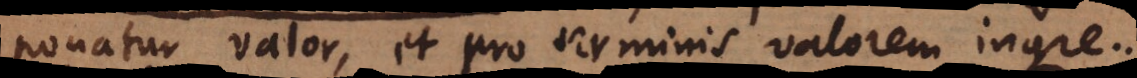
ponatur valor, et pro terminis valorem ingre